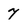
Character: 7